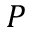
P